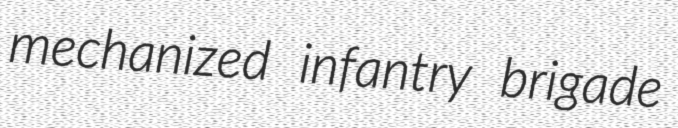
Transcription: mechanized infantry brigade